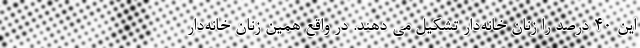
این ۴۰ درصد را زنان خانه‌دار تشکیل می دهند. در واقع همین زنان خانه‌دار